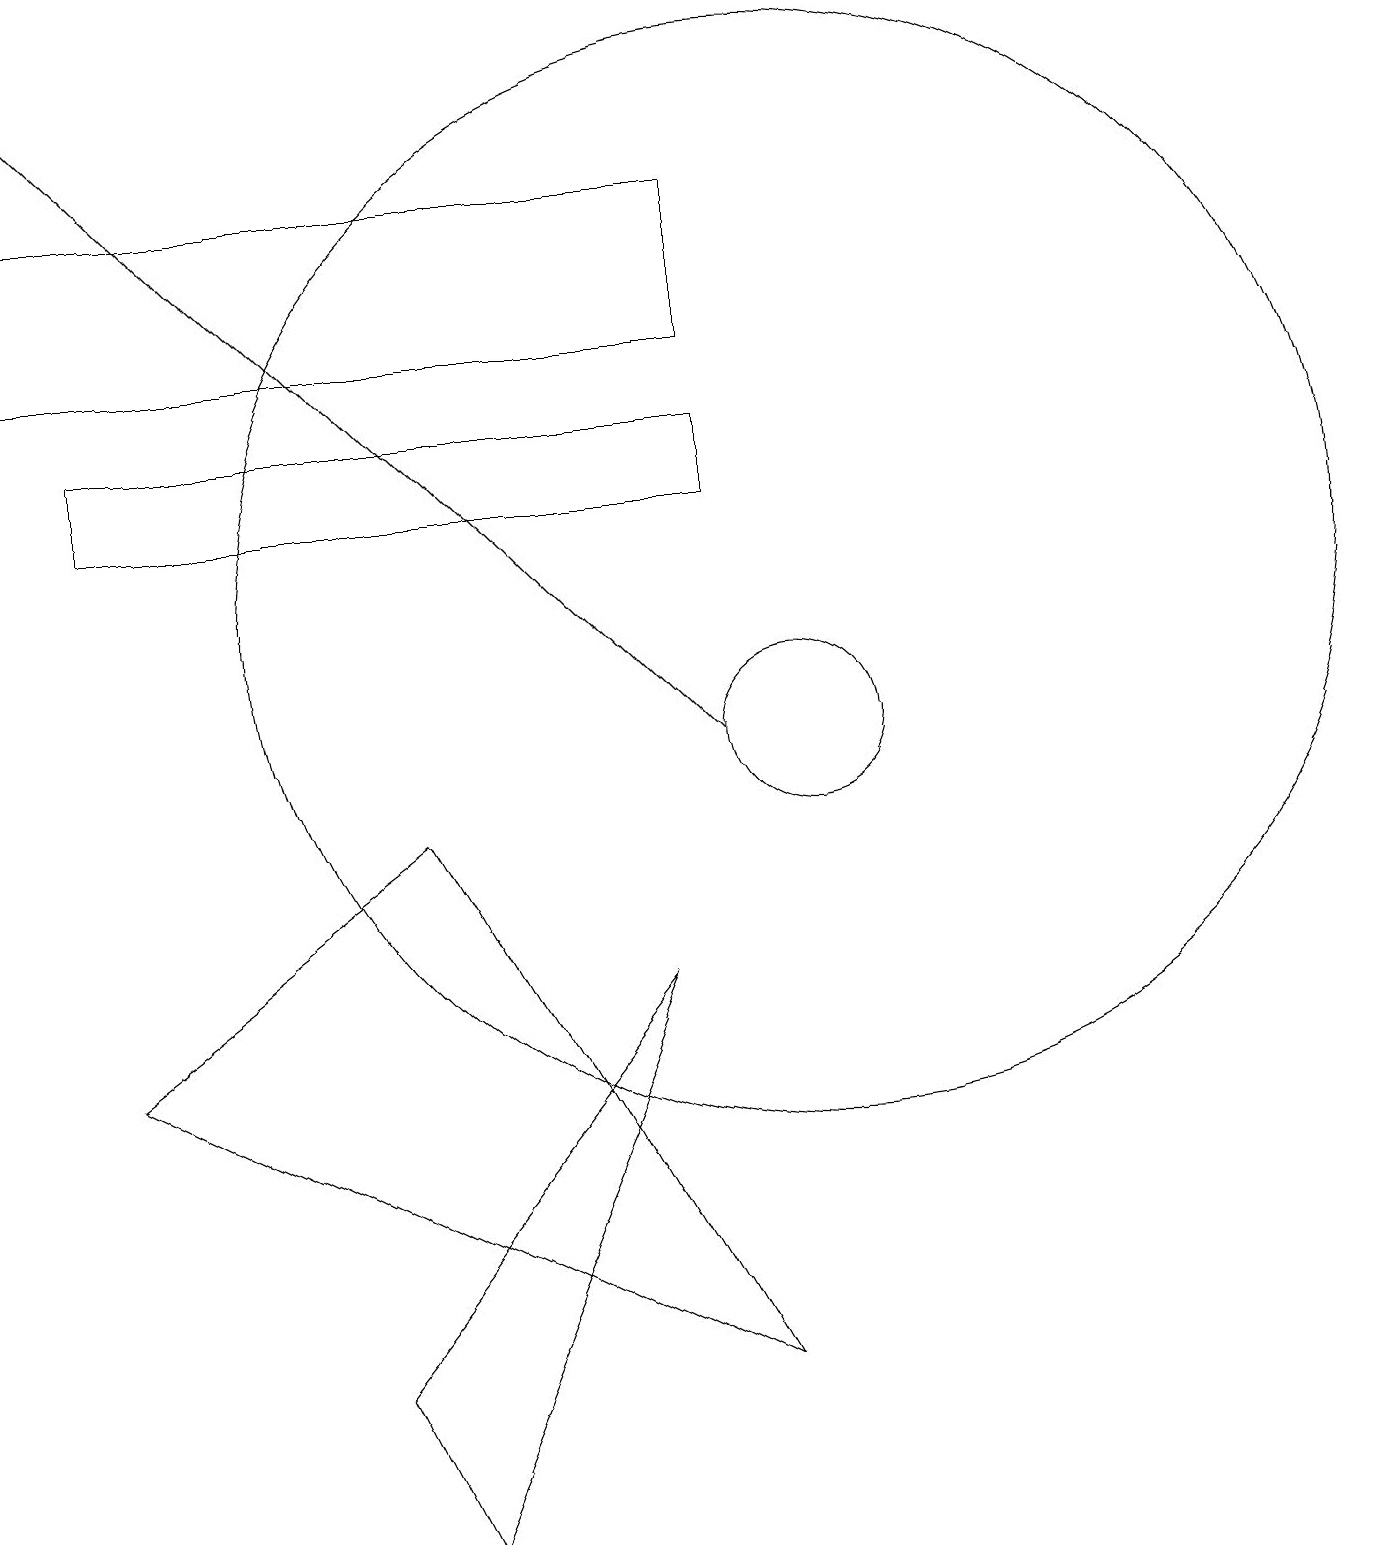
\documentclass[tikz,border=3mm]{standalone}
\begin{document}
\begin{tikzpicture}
\draw[->] (9,10) -- (0,19);
\draw (1,6) -- (9,2) -- (5,9) -- cycle;
\draw (9,14) rectangle (1,13);
\draw (10,12) circle (7);
\draw (9,17) rectangle (0,15);
\draw (4,2) -- (8,7) -- (5,0) -- cycle;
\draw (10,10) circle (1);
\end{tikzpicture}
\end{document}